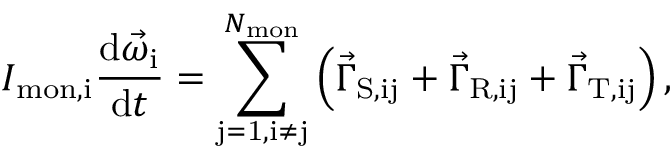
I _ { \mathrm { m o n , i } } \frac { \mathrm { d } \vec { \omega } _ { \mathrm { i } } } { \mathrm { d } t } = \sum _ { \mathrm { j = 1 , i \neq j } } ^ { N _ { \mathrm { m o n } } } { \left( \vec { \Gamma } _ { \mathrm { S , i j } } + \vec { \Gamma } _ { \mathrm { R , i j } } + \vec { \Gamma } _ { \mathrm { T , i j } } \right) } \, ,